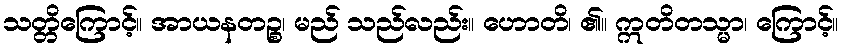
သတ္တိကြောင့်။ အာယနတဉ္စ၊ မည် သည်လည်း။ ဟောတိ၊ ၏။ ဣတိတသ္မာ၊ ကြောင့်။